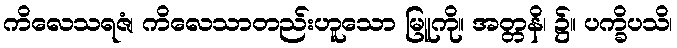
ကိလေသရဇံ၊ ကိလေသာတည်းဟူသော မြူကို။ အတ္တနိ၊ ၌။ ပက္ခိပသိ၊